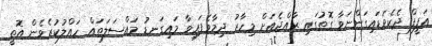
އަފީފް ދެކެވަޑައިގަންނަވާ ގޮތުގައި ރާއްޖެއަށް މިހާރު ދިމާވެފައިވާ މައިގަނޑު މައްސަލަތައް ހައްލުކުރެވެން އޮތީ